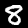
Label: 8